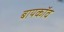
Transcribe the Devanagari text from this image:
बायकॉव